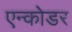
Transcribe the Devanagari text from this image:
एन्कोडर